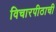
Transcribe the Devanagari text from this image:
विचारपीठाची